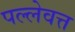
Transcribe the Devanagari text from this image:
पल्लेवत्त